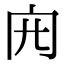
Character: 𠕍